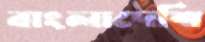
বাংলাদেশি